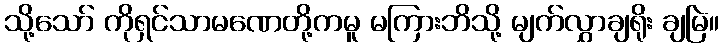
သို့သော် ကိုရှင်သာမဏေတို့ကမူ မကြားဘိသို့ မျက်လွှာချရိုး ချမြဲ။